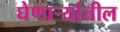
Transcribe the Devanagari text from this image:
घेणार्‍यांतील